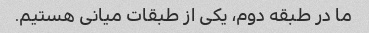
ما در طبقه دوم، یکی از طبقات میانی هستیم.